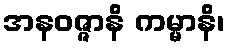
အနဝဇ္ဇာနိ ကမ္မာနိ၊